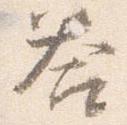
答